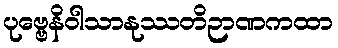
ပုဗ္ဗေနိဝါသာနုဿတိဉာဏကထာ